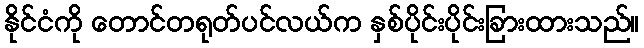
နိုင်ငံကို တောင်တရုတ်ပင်လယ်က နှစ်ပိုင်းပိုင်းခြားထားသည်။